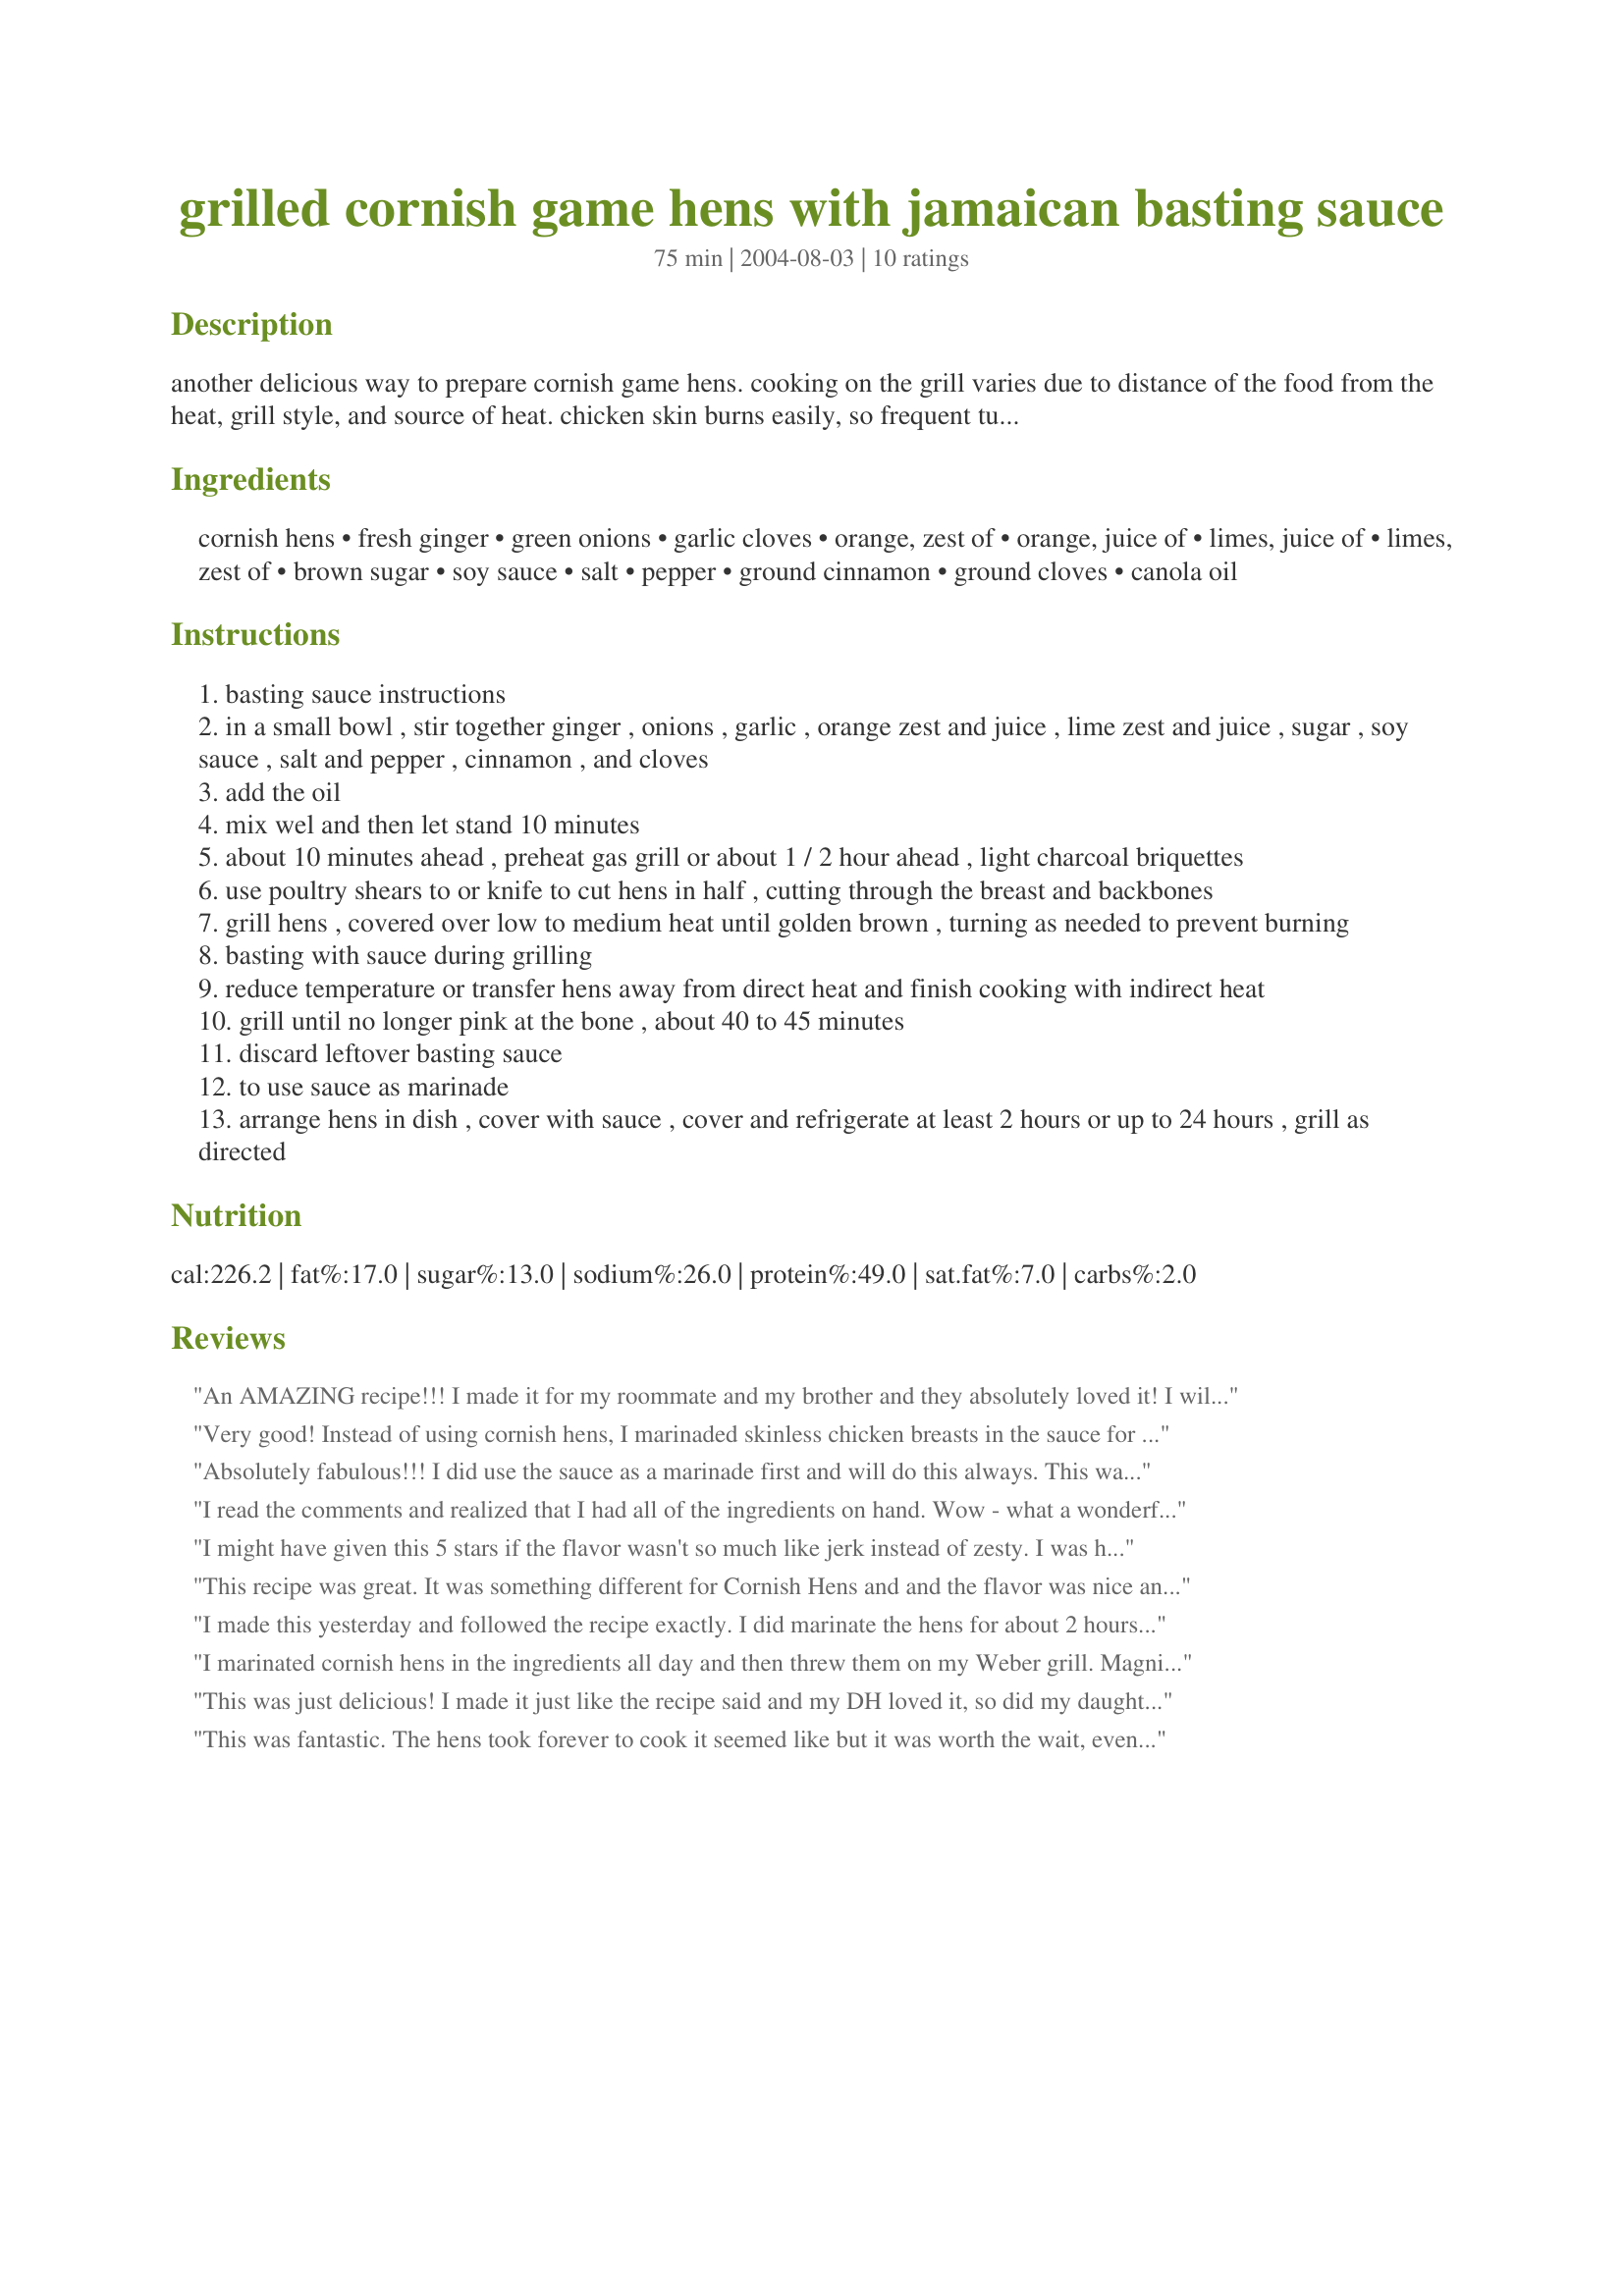
grilled cornish game hens with jamaican basting sauce
Preparation time: 75 minutes

another delicious way to prepare cornish game hens. cooking on the grill varies due to distance of the food from the heat, grill style, and source of heat. chicken skin burns easily, so frequent turning is necessary. recipe comes from foster farms.

Ingredients:
cornish hens, fresh ginger, green onions, garlic cloves, orange, zest of, orange, juice of, limes, juice of, limes, zest of, brown sugar, soy sauce, salt, pepper, ground cinnamon, ground cloves, canola oil

Steps:
basting sauce instructions
in a small bowl , stir together ginger , onions , garlic , orange zest and juice , lime zest and juice , sugar , soy sauce , salt and pepper , cinnamon , and cloves
add the oil
mix wel and then let stand 10 minutes
about 10 minutes ahead , preheat gas grill or about 1 / 2 hour ahead , light charcoal briquettes
use poultry shears to or knife to cut hens in half , cutting through the breast and backbones
grill hens , covered over low to medium heat until golden brown , turning as needed to prevent burning
basting with sauce during grilling
reduce temperature or transfer hens away from direct heat and finish cooking with indirect heat
grill until no longer pink at the bone , about 40 to 45 minutes
discard leftover basting sauce
to use sauce as marinade
arrange hens in dish , cover with sauce , cover and refrigerate at least 2 hours or up to 24 hours , grill as directed

Reviews:
An AMAZING recipe!!! I made it for my roommate and my brother and they absolutely loved it! I will so be making this again for sure!
Very good! Instead of using cornish hens, I marinaded skinless chicken breasts in the sauce for about 3 hours and then grilled them. Lovely flavor. I think next time, I will do zest & juice of 1 orange & 1 lime. Thank you very much for sharing this lovely recipe!
Absolutely fabulous!!! I did use the sauce as a marinade first and will do this always. This was the first time in a long time that I'd cooked for my DF and he was impressed. Thanks for the recipe!!
I read the comments and realized that I had all of the ingredients on hand. Wow - what a wonderful basting sauce! I marinated the hens in the sauce for an hour or so. Then put them on the grill on low. Takes about an hour and a half. Every 10 minutes I basted the halves with the sauce. It was a HIT with my friends and boyfriend. Finger licking good! Thanks for the great recipe.
I might have given this 5 stars if the flavor wasn't so much like jerk instead of zesty. I was hoping to get that caribbean kick, but didn't feel it. This was good & the hens came out tender (we rotisseried them). I think we may have a bit of fun tweeking this recipe to zing it up a bit. Thanks for posting!
This recipe was great. It was something different for Cornish Hens and and the flavor was nice and not to overpowering.
I made this yesterday and followed the recipe exactly. I did marinate the hens for about 2 hours before grilling and then basted them during the first half of grilling. They had an excellent flavor and the hens were nice and juicy. Thanks for a great post!
I marinated cornish hens in the ingredients all day and then threw them on my Weber grill. Magnificent! I used powdered ginger and minced onion flakes because that's what I had on hand and it works fine. I could really taste the cinnamon and cloves which really gave it a good flavor.
This was just delicious! I made it just like the recipe said and my DH loved it, so did my daughter. Thank you so much for this lovely recipe! ;)
This was fantastic. The hens took forever to cook it seemed like but it was worth the wait, even my picky son liked these. We are going to try this marinade on just chicken breast next time. Thank you for a great new idea for chicken.
